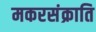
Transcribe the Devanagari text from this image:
मकरसंक्राति